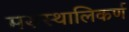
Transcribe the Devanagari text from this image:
मरुस्थालिकर्ण